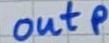
Text: outp